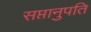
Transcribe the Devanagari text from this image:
सप्तानुपति